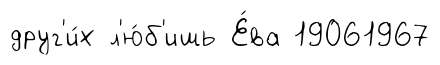
друг'и́х л'ю́б'ишь Е́ва 19061967